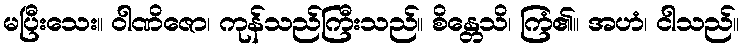
မပြီးသေး။ ဝါဏိဇော၊ ကုန်သည်ကြီးသည်။ စိန္တေသိ၊ ကြံ၏။ အဟံ၊ ငါသည်။